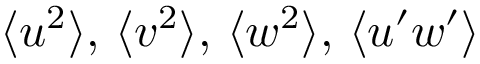
\langle u ^ { 2 } \rangle , \, \langle v ^ { 2 } \rangle , \, \langle w ^ { 2 } \rangle , \, \langle u ^ { \prime } w ^ { \prime } \rangle